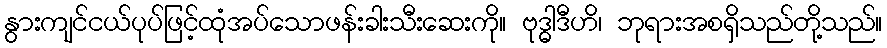
နွားကျင်ငယ်ပုပ်ဖြင့်ထုံအပ်သောဖန်းခါးသီးဆေးကို။ ဗုဒ္ဓါဒီဟိ၊ ဘုရားအစရှိသည်တို့သည်။